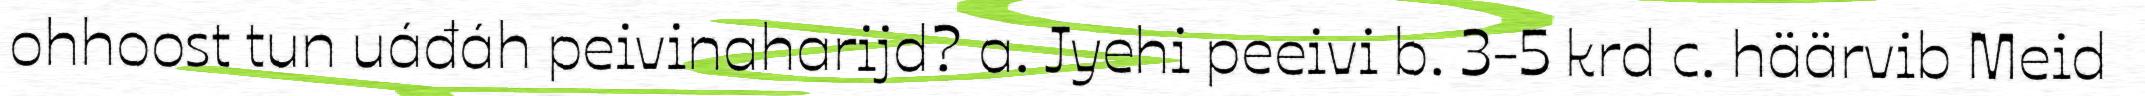
ohhoost tun uáđáh peivinaharijd? a. Jyehi peeivi b. 3-5 krd c. häärvib Meid